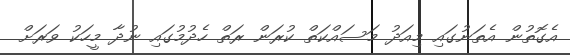
އެގޮތުން އެތަނުގައި މިއަދު މަސައްކަތް ކުރަން ރަތް ހެދުމުގައި ނުދާ މީހަކު ވަރަށް